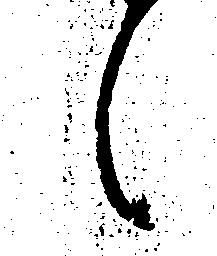
候